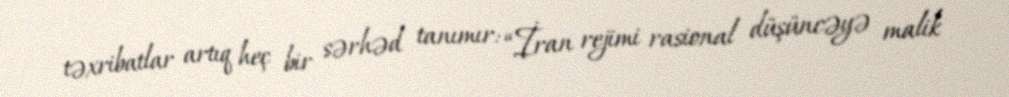
təxribatlar artıq heç bir sərhəd tanımır: “İran rejimi rasional düşüncəyə malik